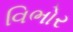
વિભોર